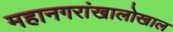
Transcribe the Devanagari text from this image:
महानगरांखालोखाल